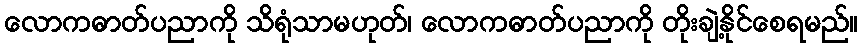
လောကဓာတ်ပညာကို သိရုံသာမဟုတ်၊ လောကဓာတ်ပညာကို တိုးချဲ့နိုင်စေရမည်။